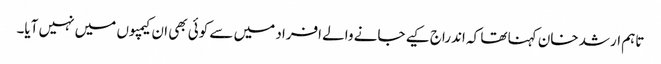
تاہم ارشد خان کہنا تھا کہ اندراج کیے جانے والے افراد میں سے کوئی بھی ان کیمپوں میں نہیں آیا۔